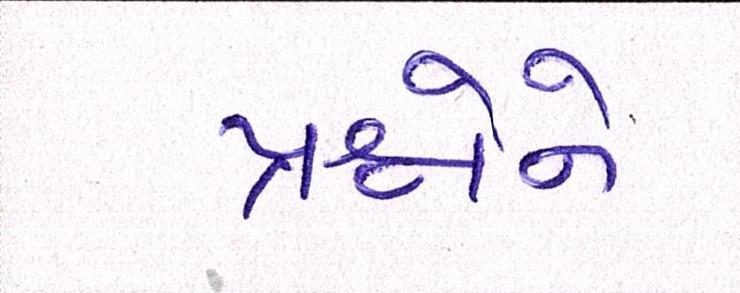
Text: પ્રશ્નોને